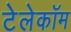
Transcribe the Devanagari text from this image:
टेलेकॉम